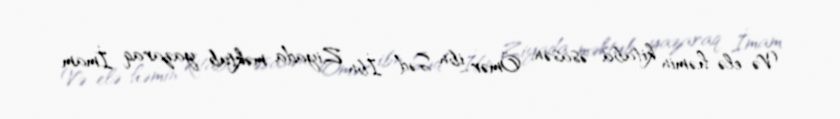
Və elə həmin kitaba əsasən, Ömər ibn Səd İbn Ziyada məktub yazaraq İmam